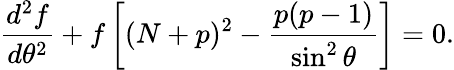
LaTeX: {\frac{d^{2}f}{d\theta^{2}}}+f\left[(N+p)^{2}-{\frac{p(p-1)}{\sin^{2}\theta}}\right]=0.